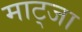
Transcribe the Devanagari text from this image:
माट्जा